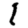
Digit: 1